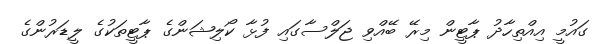
ގައުމީ އިއްތިހާދު ޕާޓީން މިރޭ ބޭއްވި ޖަލްސާގައި ފުޅާ ކޯލިޝަންގެ ޕާޓީތަކުގެ ލީޑަރުންގެ